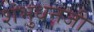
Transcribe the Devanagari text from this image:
शंभुधनजी